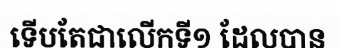
ទើបតែជាលើកទី១ ដែលបាន